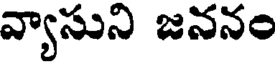
వ్యాసుని జననం